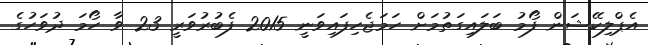
އެޕްލިކޭޝަން ފޯމު ބަލައިގަތުމަށް ހަމަޖެހިފައިވަނީ 2015 ފެބުރުވަރީ 23 ވާ ހޯމަ ދުވަހުގެ